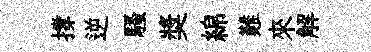
撐逆騷奬綿難來解